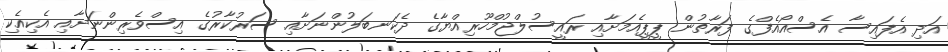
އަދި އެފައިސާ އެސްއޯއެފްގެ ފަރާތުން ޕީޕީއެމަށާއި ރައީސުލްޖުމްހޫރިއްޔާގެ ދެކަނބަލުންނަށާއި ސަރުކާރުގެ އިސްވެރިންނަށާއި އެކިއެކި